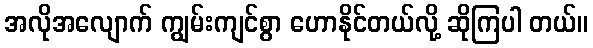
အလိုအလျောက် ကျွမ်းကျင်စွာ ဟောနိုင်တယ်လို့ ဆိုကြပါ တယ်။